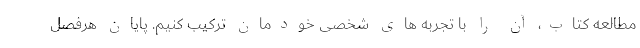
مطالعه کتاب، آن را با تجربه های شخصی خودمان ترکیب کنیم. پایان هرفصل